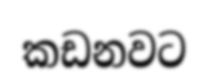
කඩනවට